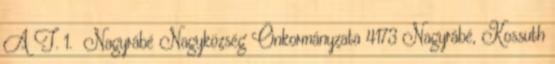
A T. 1. Nagyrábé Nagyközség Önkormányzata 4173 Nagyrábé, Kossuth